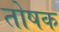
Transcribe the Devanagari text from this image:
तोषक